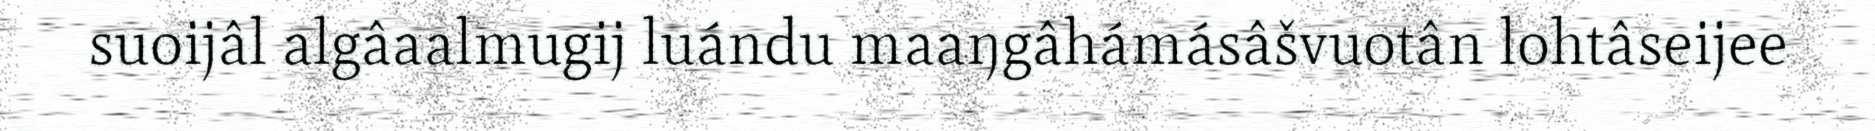
suoijâl algâaalmugij luándu maaŋgâhámásâšvuotân lohtâseijee